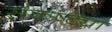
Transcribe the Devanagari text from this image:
संकष्ट्या